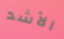
الأشد